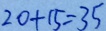
2 0 + 1 5 = 3 5